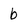
Character: b